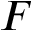
F